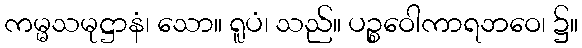
ကမ္မသမုဋ္ဌာနံ၊ သော။ ရူပံ၊ သည်။ ပဉ္စဝေါကာရဘဝေ၊ ၌။